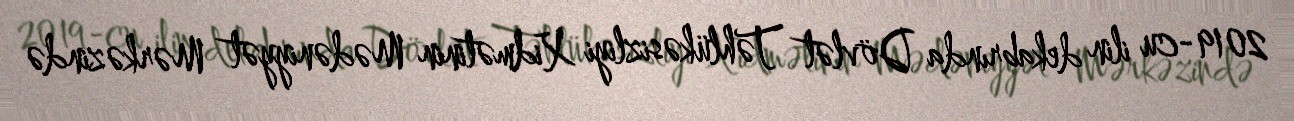
2019-cu ilin dekabrında Dövlət Təhlükəsizliyi Xidmətinin Mədəniyyət Mərkəzində